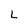
Character: L